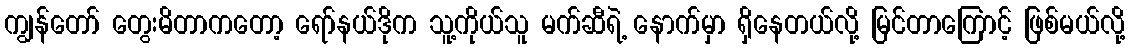
ကျွန်တော် တွေးမိတာကတော့ ရော်နယ်ဒိုက သူ့ကိုယ်သူ မက်ဆီရဲ့ နောက်မှာ ရှိနေတယ်လို့ မြင်တာကြောင့် ဖြစ်မယ်လို့